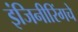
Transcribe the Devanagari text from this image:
इंजिनीरिंगचे